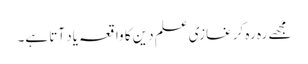
مجھے رہ رہ کر غازی علم دین کا واقعہ یاد آتا ہے۔